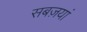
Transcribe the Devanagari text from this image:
सबज़यां